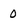
Character: 0